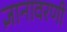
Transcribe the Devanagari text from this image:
ज्ञानावरणी